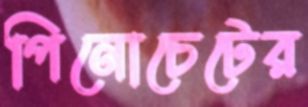
পিনোচেটের